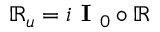
\mathbb { R } _ { u } = i \textbf { I } _ { 0 } \circ \mathbb { R }